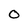
Character: O